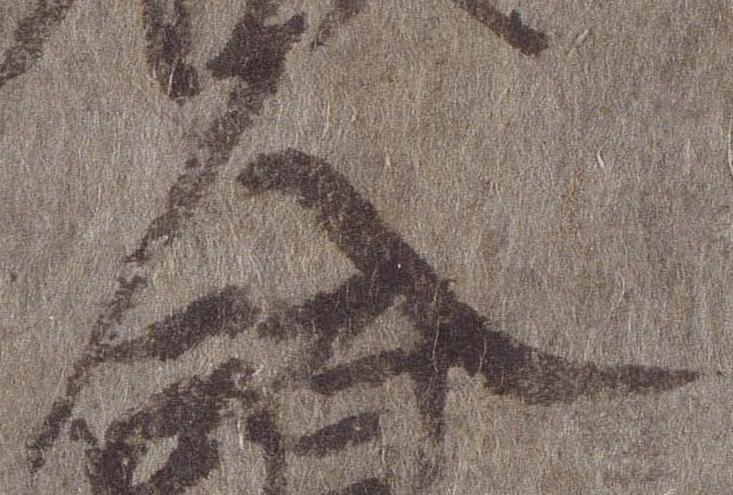
人